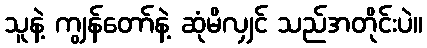
သူနဲ့ ကျွန်တော်နဲ့ ဆုံမိလျှင် သည်အတိုင်းပဲ။